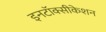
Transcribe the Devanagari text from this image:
इनटॉक्सीकेशन